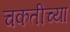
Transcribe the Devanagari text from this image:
चकतीच्या